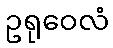
ဥရုဝေလံ